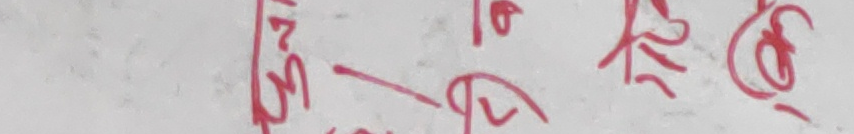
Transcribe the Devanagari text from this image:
सिं पि छ केँ